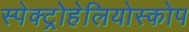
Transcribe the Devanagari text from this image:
स्पेक्ट्रोहेलियोस्कोप